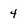
Character: 4